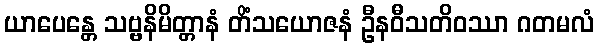
ယာပေန္တေ သဗ္ဗနိမိတ္တာနံ တိံသယောဇနံ ဦနဝီသတိဝဿာ ဂတမလံ